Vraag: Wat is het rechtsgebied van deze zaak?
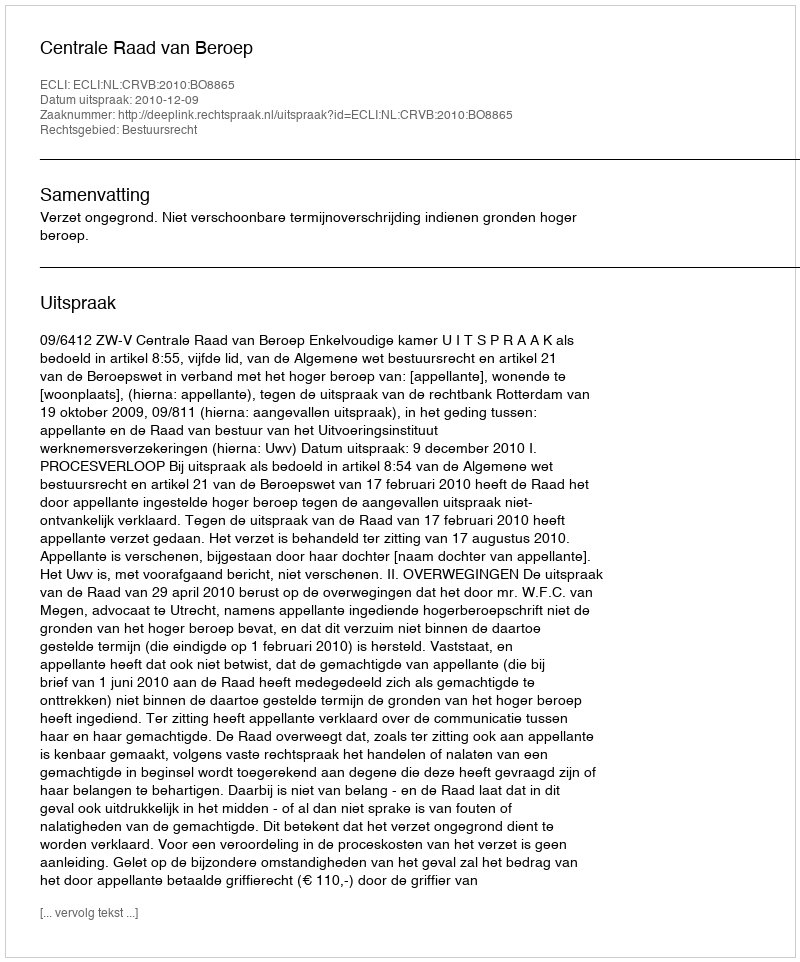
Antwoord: Bestuursrecht